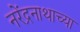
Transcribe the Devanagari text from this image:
नरेंद्रनाथाच्या